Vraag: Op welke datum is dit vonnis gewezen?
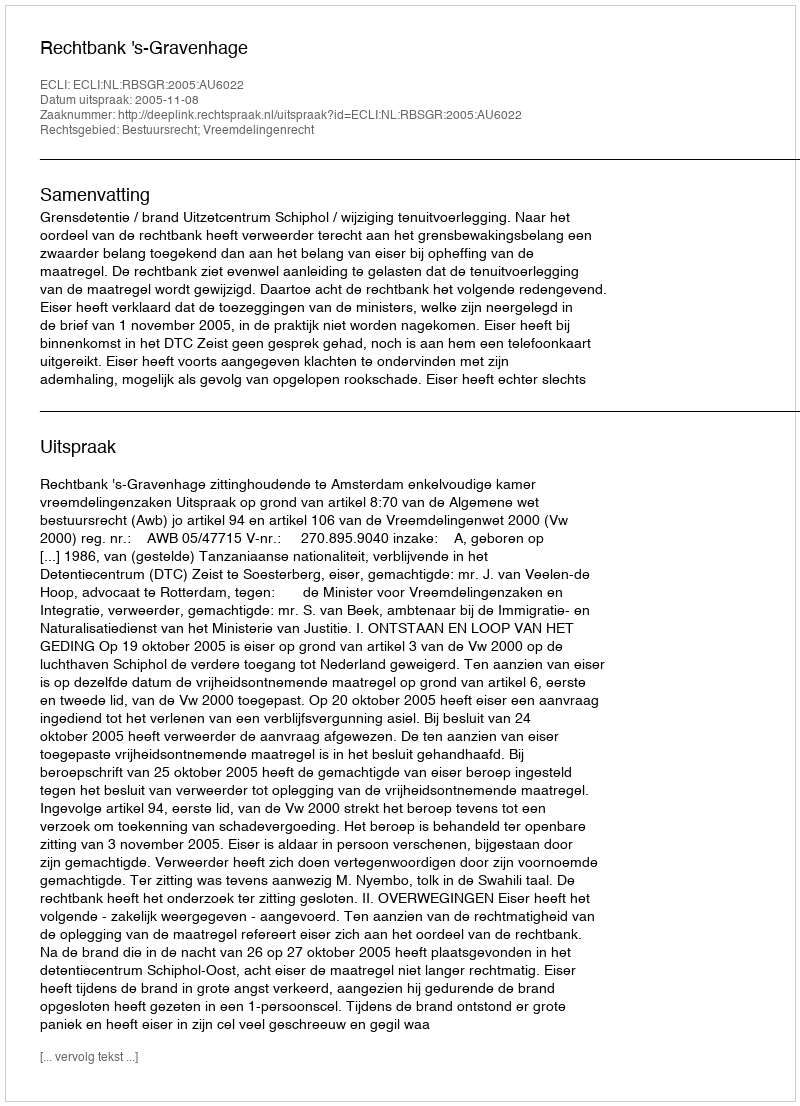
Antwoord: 2005-11-08